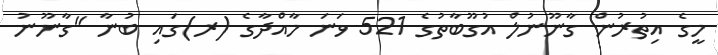
މީގެ އިތުރުން ގާނޫނުލް އުގޫބާތުގެ 521 ވަނަ މާއްދާގެ (ރ)ގައި ބުނާ "ގާނޫނު